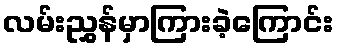
လမ်းညွှန်မှာကြားခဲ့ကြောင်း